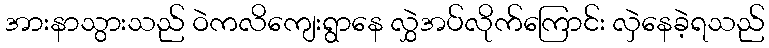
အားနာသွားသည် ဝဲကလိကျေးရွာနေ လွှဲအပ်လိုက်ကြောင်း လှဲနေခဲ့ရသည်